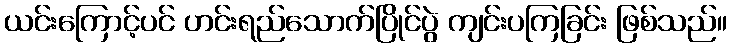
ယင်းကြောင့်ပင် ဟင်းရည်သောက်ပြိုင်ပွဲ ကျင်းပကြခြင်း ဖြစ်သည်။